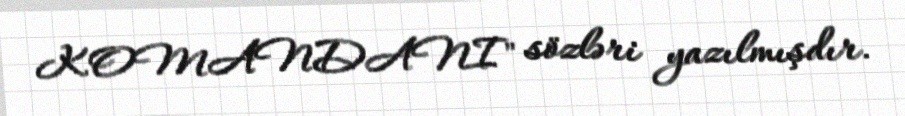
KOMANDANI" sözləri yazılmışdır.